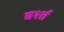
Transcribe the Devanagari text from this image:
बर्श्त